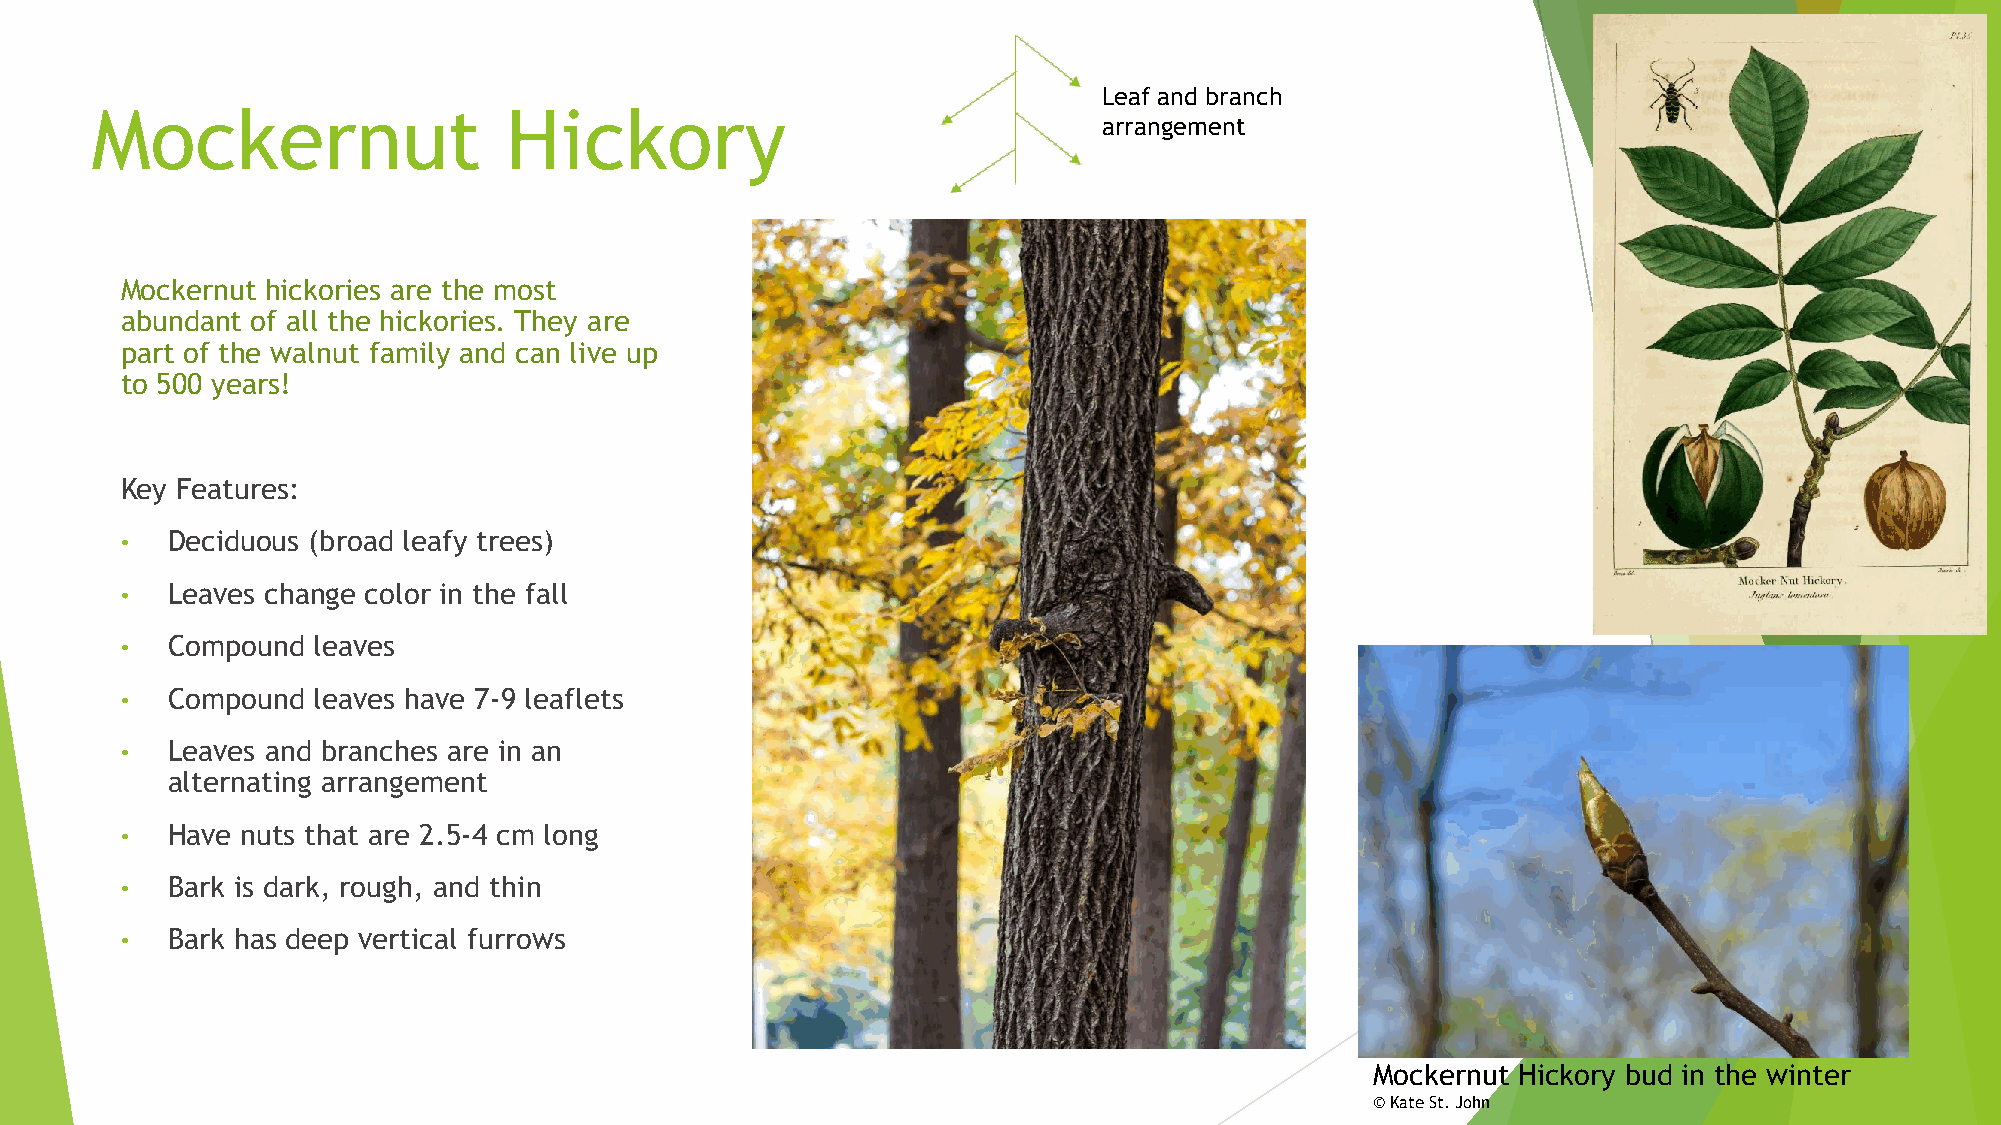
Leaf and branch
 Mockernut                  Hickory
 arrangement
 Mockernut hickories are the most
 abundant of all the hickories. They are
 part of the walnut family and can live up
 to 500 years!
 Key Features:
 •  Deciduous (broad leafy trees)
 •  Leaves change color in the fall
 •  Compound  leaves
 •  Compound  leaves have 7-9 leaflets
 •  Leaves and branches are in an
 alternating arrangement
 •  Have nuts that are 2.5-4 cm long
 •  Bark is dark, rough, and thin
 •  Bark has deep vertical furrows
 Mockernut Hickory bud in the winter
 ©Kate St. John